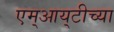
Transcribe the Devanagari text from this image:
एम्‌आय्‌टीच्या